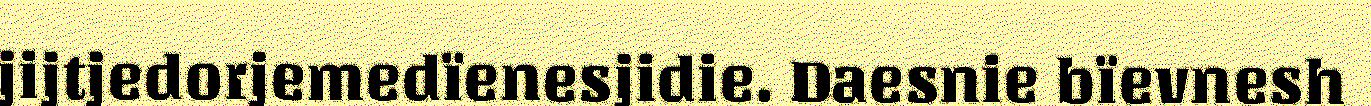
jijtjedorjemedïenesjidie. Daesnie bïevnesh